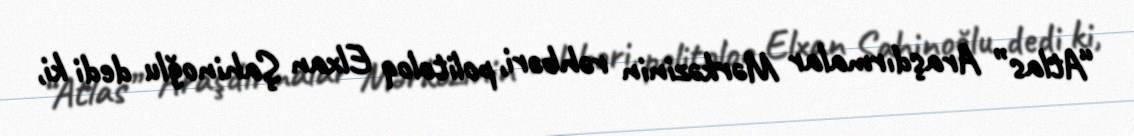
“Atlas” Araşdırmalar Mərkəzinin rəhbəri, politoloq Elxan Şahinoğlu dedi ki,